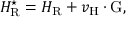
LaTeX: { \cal H } _ { \mathrm { R } } ^ { \star } = { \cal H } _ { \mathrm { R } } + v _ { \mathrm { H } } \cdot \mathrm { G } ,